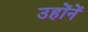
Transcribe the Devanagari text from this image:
उहोंनें